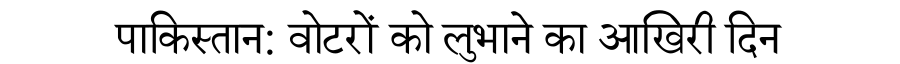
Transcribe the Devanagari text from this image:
पाकिस्तान: वोटरों को लुभाने का आखिरी दिन